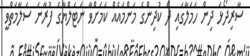
ސާރިދޯޅަ ދިން ހަމަލާގައި ދެ ކުދިންގެ މަންމައެއް ކަމަށްވާ ނަޓަލްޔާގެ ފުރާނަ ސަލާމަތްވީ